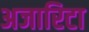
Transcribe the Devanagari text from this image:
अजारिटा